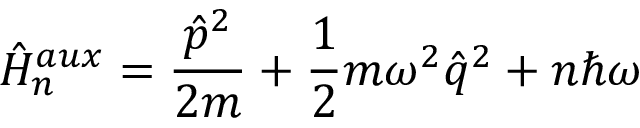
\hat { H } _ { n } ^ { a u x } = \frac { \hat { p } ^ { 2 } } { 2 m } + \frac { 1 } { 2 } m \omega ^ { 2 } \hat { q } ^ { 2 } + n \hbar \omega